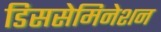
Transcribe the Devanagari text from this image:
डिससेमिनेशन